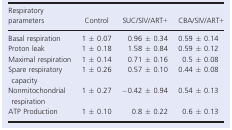
<table><thead><tr><td><b>Respiratory parameters</b></td><td><b>Control</b></td><td><b>SUC/SIV/ART+</b></td><td><b>CBA/SIV/ART+</b></td></tr></thead><tbody><tr><td>Basal respiration</td><td>1 ± 0.07</td><td>0.96 ± 0.34</td><td>0.59 ± 0.14</td></tr><tr><td>Proton leak</td><td>1 ± 0.18</td><td>1.58 ± 0.84</td><td>0.59 ± 0.12</td></tr><tr><td>Maximal respiration</td><td>1 ± 0.14</td><td>0.71 ± 0.16</td><td>0.5 ± 0.08</td></tr><tr><td>Spare respiratory capacity</td><td>1 ± 0.26</td><td>0.57 ± 0.10</td><td>0.44 ± 0.08</td></tr><tr><td>Nonmitochondrial respiration</td><td>1 ± 0.27</td><td>−0.42 ± 0.94</td><td>0.54 ± 0.13</td></tr><tr><td>ATP Production</td><td>1 ± 0.10</td><td>0.8 ± 0.22</td><td>0.6 ± 0.13</td></tr></tbody></table>